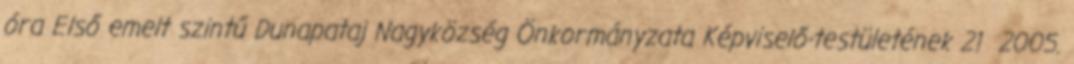
óra Első emelt szintű Dunapataj Nagyközség Önkormányzata Képviselő-testületének 21 2005.